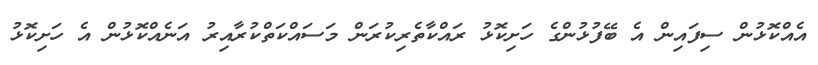
އެއްކޮޅުން ސިފައިން އެ ބޭފުޅުންގެ ހަށިކޮޅު ރައްކާތެރިކުރަން މަސައްކަތްކުރާއިރު އަނެއްކޮޅުން އެ ހަށިކޮޅު